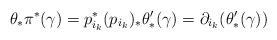
LaTeX: \begin{align*}\theta_*\pi^*(\gamma) = p_{i_k}^* (p_{i_k})_* \theta'_*(\gamma)=\partial_{i_k}(\theta'_*(\gamma))\end{align*}